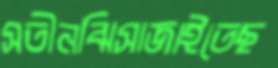
সতীনঝিসাজাইতেছ